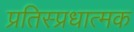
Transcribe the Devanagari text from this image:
प्रतिस्प्रधात्मक